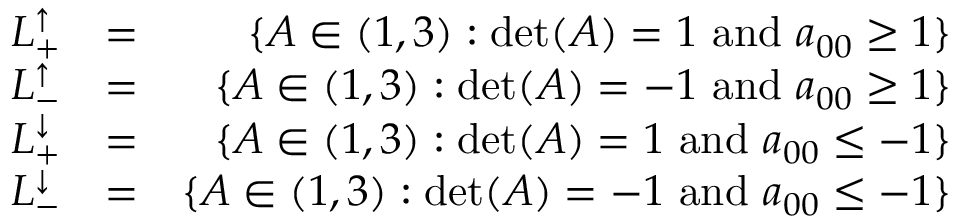
\begin{array} { r l r } { L _ { + } ^ { \uparrow } } & { = } & { \{ A \in \O ( 1 , 3 ) : \operatorname* { d e t } ( A ) = 1 \mathrm { ~ a n d ~ } a _ { 0 0 } \geq 1 \} } \\ { L _ { - } ^ { \uparrow } } & { = } & { \{ A \in \O ( 1 , 3 ) : \operatorname* { d e t } ( A ) = - 1 \mathrm { ~ a n d ~ } a _ { 0 0 } \geq 1 \} } \\ { L _ { + } ^ { \downarrow } } & { = } & { \{ A \in \O ( 1 , 3 ) : \operatorname* { d e t } ( A ) = 1 \mathrm { ~ a n d ~ } a _ { 0 0 } \leq - 1 \} } \\ { L _ { - } ^ { \downarrow } } & { = } & { \{ A \in \O ( 1 , 3 ) : \operatorname* { d e t } ( A ) = - 1 \mathrm { ~ a n d ~ } a _ { 0 0 } \leq - 1 \} } \end{array}